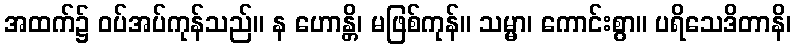
အထက်၌ ဝပ်အပ်ကုန်သည်။ န ဟောန္တိ၊ မဖြစ်ကုန်။ သမ္မာ၊ ကောင်းစွာ။ ပရိသေဒိတာနိ၊